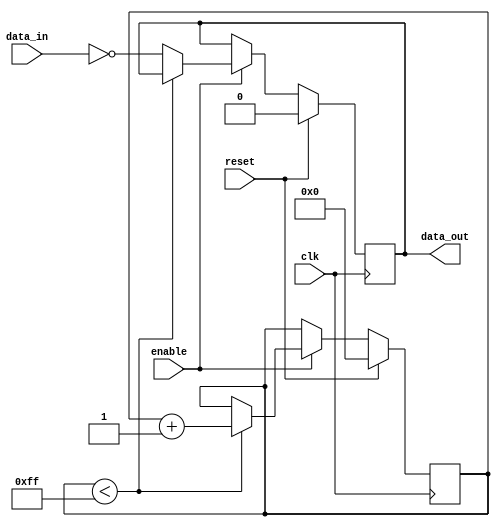
module nor_delay_control (
  input wire clk, // clock input
  input wire reset, // reset input
  input wire enable, // enable input
  input wire data_in, // input data signal
  output reg data_out // output data signal
);

  reg [7:0] delay_count; // 8-bit delay counter

  always @(posedge clk) begin
    if (reset) begin
      delay_count <= 8'b00000000; // initialize delay count
      data_out <= 1'b0; // initialize output signal
    end else begin
      if (enable) begin
        if (delay_count < 8'hFF) begin
          delay_count <= delay_count + 1; // increment delay count
        end else begin
          data_out <= ~data_in; // output delayed signal
        end
      end
    end
  end

endmodule